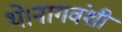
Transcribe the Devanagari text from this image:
थे।नागवंशी